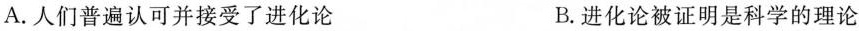
A.人们普遍认可并接受了进化论 B.进化论被证明是科学的理论